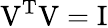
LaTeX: \mathrm{V}^{\mathrm{T}}\mathrm{V}=\mathrm{I}